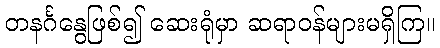
တနင်္ဂနွေဖြစ်၍ ဆေးရုံမှာ ဆရာဝန်များမရှိကြ။